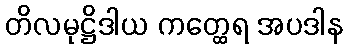
တိလမုဋ္ဌိဒါယ ကတ္ထေရ အပဒါန